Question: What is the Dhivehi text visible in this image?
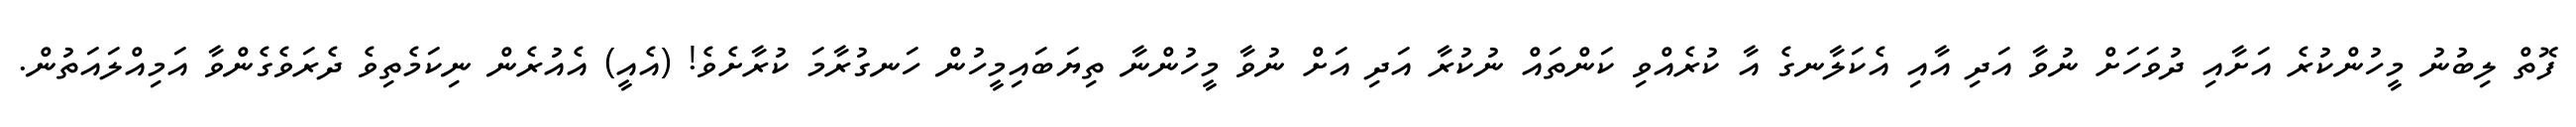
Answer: ފޮތް ލިބުނު މީހުންކުރެ އަށާއި ދުވަހަށް ނުވާ އަދި އާއި އެކަލާނގެ އާ ކުރެއްވި ކަންތައް ނުކުރާ އަދި އަށް ނުވާ މީހުންނާ ތިޔަބައިމީހުން ހަނގުރާމަ ކުރާށެވެ! (އެއީ) އެއުރެން ނިކަމެތިވެ ދެރަވެގެންވާ އަމިއްލައަތުން.